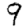
Digit: 9